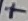
Text: +